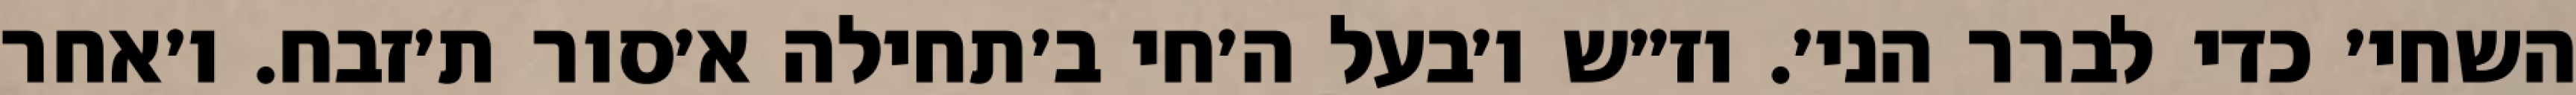
השחי׳ כדי לברר הני׳. וז״ש ו׳בעל ה׳חי ב׳תחילה א׳סור ת׳זבח. ו׳אחר